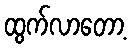
ထွက်လာတော့